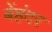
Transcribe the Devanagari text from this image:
बेंहंदर